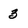
Character: 3